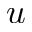
u